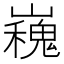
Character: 𭗪